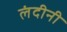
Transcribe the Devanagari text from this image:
लंदीनी